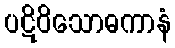
ပဋိဝိသောဓကာနံ